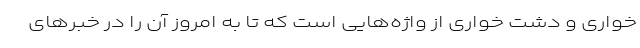
خواری و دشت خواری از واژه‌هایی است که تا به امروز آن را در خبر‌های